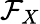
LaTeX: \mathcal{F}_{X}